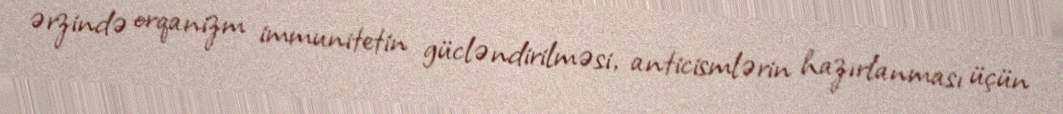
ərzində orqanizm immunitetin gücləndirilməsi, anticismlərin hazırlanması üçün